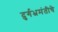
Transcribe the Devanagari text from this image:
दुर्गभ्रमंतीचे